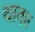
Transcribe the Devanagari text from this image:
थाका